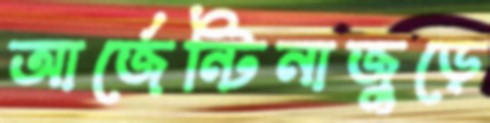
আর্জেন্টিনাজুড়ে